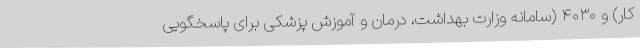
کار) و ۴۰۳۰ (سامانه وزارت بهداشت، درمان و آموزش پزشکی برای پاسخگویی